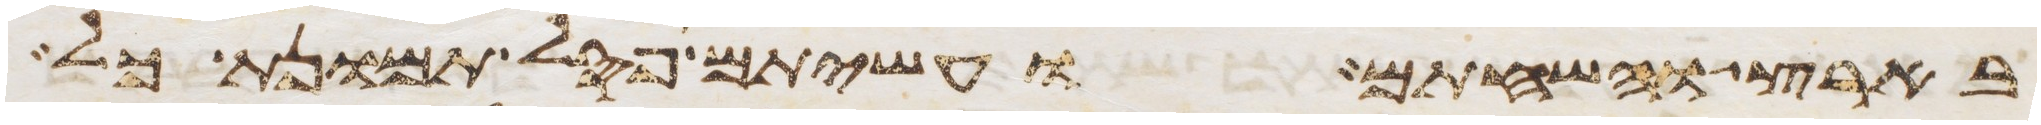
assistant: בארץ והשחתם ועשיתם פסל תמונת כל